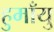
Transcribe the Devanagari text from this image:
हुमाँयु